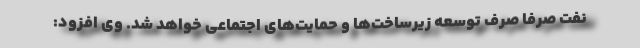
نفت صرفا صرف توسعه زیرساخت‌ها و حمایت‌های اجتماعی خواهد شد. وی افزود: